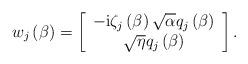
LaTeX: \begin{align*}w_{j}\left( \beta\right) =\left[\begin{array}[c]{c}-\mathrm{i}\zeta_{j}\left( \beta\right) \sqrt{\alpha}q_{j}\left(\beta\right) \\\sqrt{\eta}q_{j}\left( \beta\right)\end{array}\right] . \end{align*}